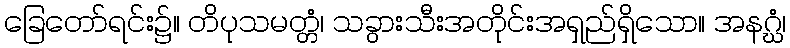
ခြေတော်ရင်း၌။ တိပုသမတ္တံ၊ သခွားသီးအတိုင်းအရှည်ရှိသော။ အနဂ္ဃံ၊